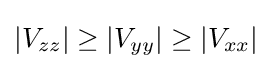
|V_{zz}|\geq |V_{yy}|\geq |V_{xx}|